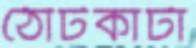
ঠোঁটকাটা